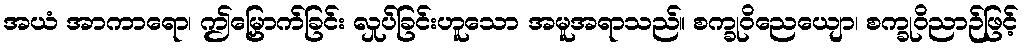
အယံ အာကာရော၊ ဤမြှောက်ခြင်း လှုပ်ခြင်းဟူသော အမူအရာသည်။ စက္ခုဝိညေယျော၊ စက္ခုဝိညာဉ်ဖြင့်